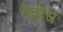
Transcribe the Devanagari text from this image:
गैतोस